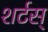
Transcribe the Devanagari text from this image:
शर्टस्